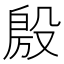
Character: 𭮴